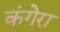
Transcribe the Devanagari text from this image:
कंगेरा